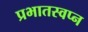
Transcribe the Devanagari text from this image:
प्रभातस्वप्न